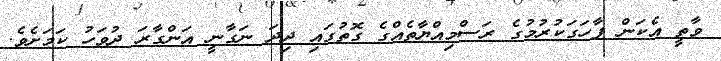
ވާތީ އެކަން ފާހަގަކުރުމުގެ ރަސްމިއްޔާތެއްގެ ގޮތުގައި ދިދަ ނަގާނީ އަންގާރަ ދުވަހު ކަމަށެވެ.